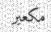
مكعبر